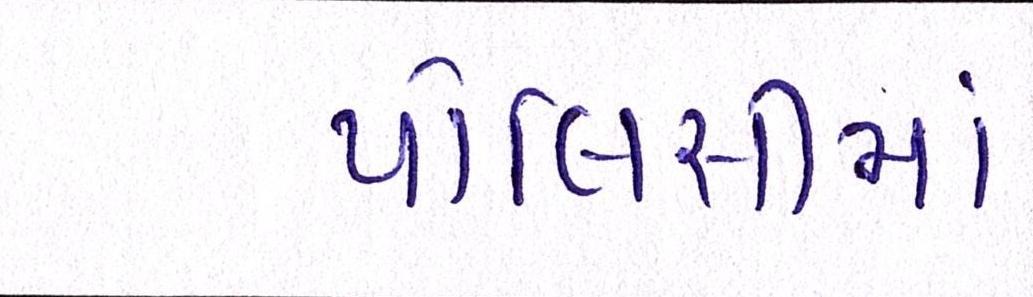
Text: પોલિસીમાં